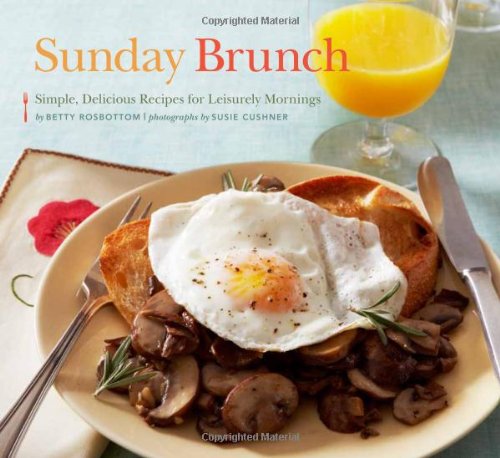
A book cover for Sunday Brunch: Simple, Delicious Recipes for Leisurely Mornings; Betty Rosbottom; Cookbooks, Food & Wine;